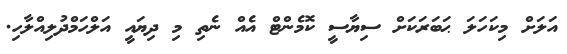
އަލަށް މިކަހަލަ ޙަބަރަކަށް ސިޔާސީ ކޮމެންޓް އެއް ނެތި މި ދިޔައީ އަލްހަމްދުލިއްލާހި.